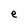
Character: e